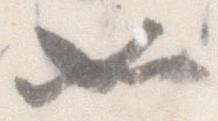
如